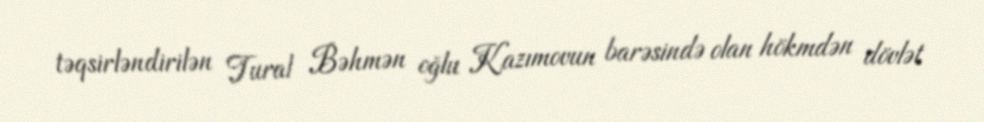
təqsirləndirilən Tural Bəhmən oğlu Kazımovun barəsində olan hökmdən dövlət